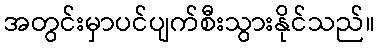
အတွင်းမှာပင်ပျက်စီးသွားနိုင်သည်။